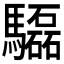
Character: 𩧍